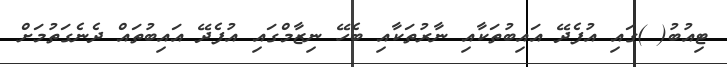
ޓިއުބު( )ގައި އުފެދޭ އައިބުތަކާއި ނާރުތަކާއި ބެހޭ ނިޒާމްގައި އުފެދޭ އައިބުތައް ދެނެގަތުމަށް